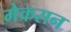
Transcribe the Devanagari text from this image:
मेकसन